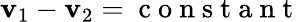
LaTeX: \mathbf{v}_{1}-\mathbf{v}_{2}=\mathrm{{~c~o~n~s~t~a~n~t~}}